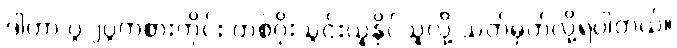
ဒါဟာ ပွဲ ၂ပွဲကစားတိုင်း တစ်ဂိုးသွင်းယူနိုင်သူလို့ သတ်မှတ်လို့ရပါတယ်။